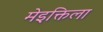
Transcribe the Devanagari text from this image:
मेइक्तिला